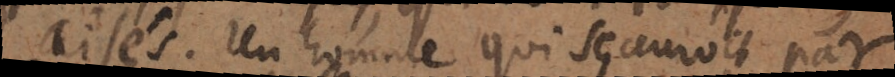
aisés. Un homme qui sçauroit par